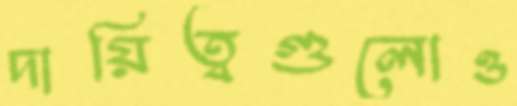
দায়িত্বগুলোও